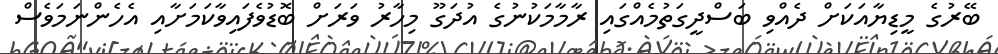
ބޭރުގެ މީޑިޔާއަކަށް ދެއްވި ބަސްދީގަތުމެއްގައި ރާމާމަކުނުގެ އުދަގޫ މިހާރު ވަރަށް ބޮޑުވެފައިވާކަމަށާއި އެހެންނަމަވެސް